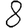
Digit: 8